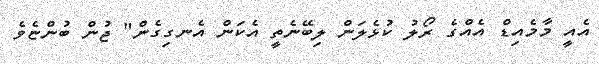
އެއީ މާމެއިޑް އެއްގެ ރޯލު ކުޅެލަން ލިބޭނެތީ އެކަން އެނގިގެން" ޖުން ބުންޏެވެ